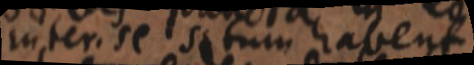
inter. se situm habent